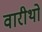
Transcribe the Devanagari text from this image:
वारीथो